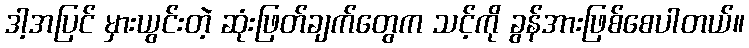
ဒါ့အပြင် မှားယွင်းတဲ့ ဆုံးဖြတ်ချက်တွေက သင့်ကို ခွန်အားဖြစ်စေပါတယ်။